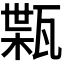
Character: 𤭴